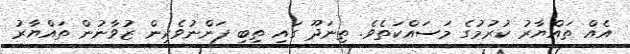
އެއް ތައްޔާރު ކުރުމުގެ މަސައްކަތެވެ. ތިނަދޫ ގައި ތިބި ފަންނުވެރިން ޒުވާނުން ތައްޔާރު